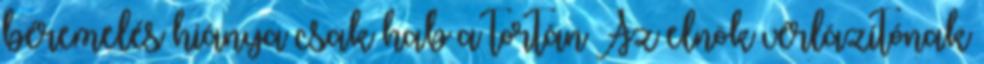
béremelés hiánya csak hab a tortán Az elnök vérlázítónak